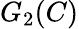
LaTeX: G_{2}(C)